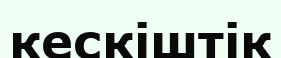
кескіштік